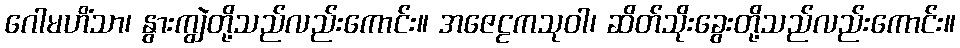
ဂေါမဟိံသာ၊ နွားကျွဲတို့သည်လည်းကောင်း။ အဇေဠကသုဝါ၊ ဆိတ်သိုးခွေးတို့သည်လည်းကောင်း။